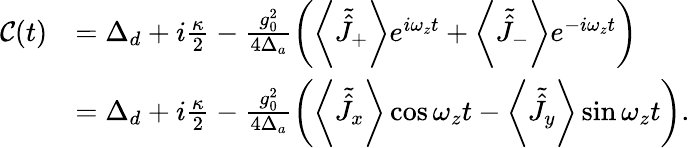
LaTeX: \begin{array}{rl}{\mathcal{C}(t)}&{=\Delta_{d}+i\frac{\kappa}{2}-\frac{g_{0}^{2}}{4\Delta_{a}}\left(\left\langle\tilde{\hat{J}}_{+}\right\rangle e^{i\omega_{z}t}+\left\langle\tilde{\hat{J}}_{-}\right\rangle e^{-i\omega_{z}t}\right)}\\ &{=\Delta_{d}+i\frac{\kappa}{2}-\frac{g_{0}^{2}}{4\Delta_{a}}\left(\left\langle\tilde{\hat{J}}_{x}\right\rangle\cos\omega_{z}t-\left\langle\tilde{\hat{J}}_{y}\right\rangle\sin\omega_{z}t\right).}\end{array}